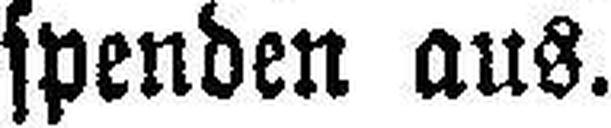
spenden aus.